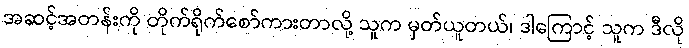
အဆင့်အတန်းကို တိုက်ရိုက်စော်ကားတာလို့ သူက မှတ်ယူတယ်၊ ဒါကြောင့် သူက ဒီလို